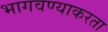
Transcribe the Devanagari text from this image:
भागवण्याकरता